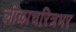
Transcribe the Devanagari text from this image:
लीळाचरित्रभर